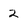
Character: 2